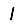
Digit: 1